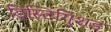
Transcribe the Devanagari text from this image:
डिस्टिंगुिशड